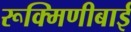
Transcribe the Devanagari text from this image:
रूक्मिणीबाई